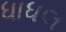
ધાધલ